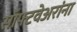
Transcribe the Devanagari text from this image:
सॉफ्टवेअरांना